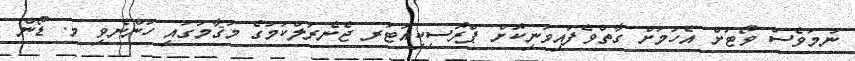
ނަމަވެސް ވޯޓަށް އެހުމަށް ގާތްވެފައިވަނިކޮށް ޕްރޮސިކިއުޓަރ ޖެނެރަލްކަމުގެ މަޤާމުގައި ހުންނެވި މ. ޑޯން